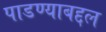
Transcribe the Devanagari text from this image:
पाडण्याबद्दल